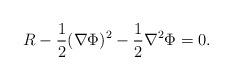
LaTeX: \begin{align*}R-{1 \over 2} (\nabla \Phi)^2 - {1 \over 2} \nabla^2 \Phi =0.\end{align*}